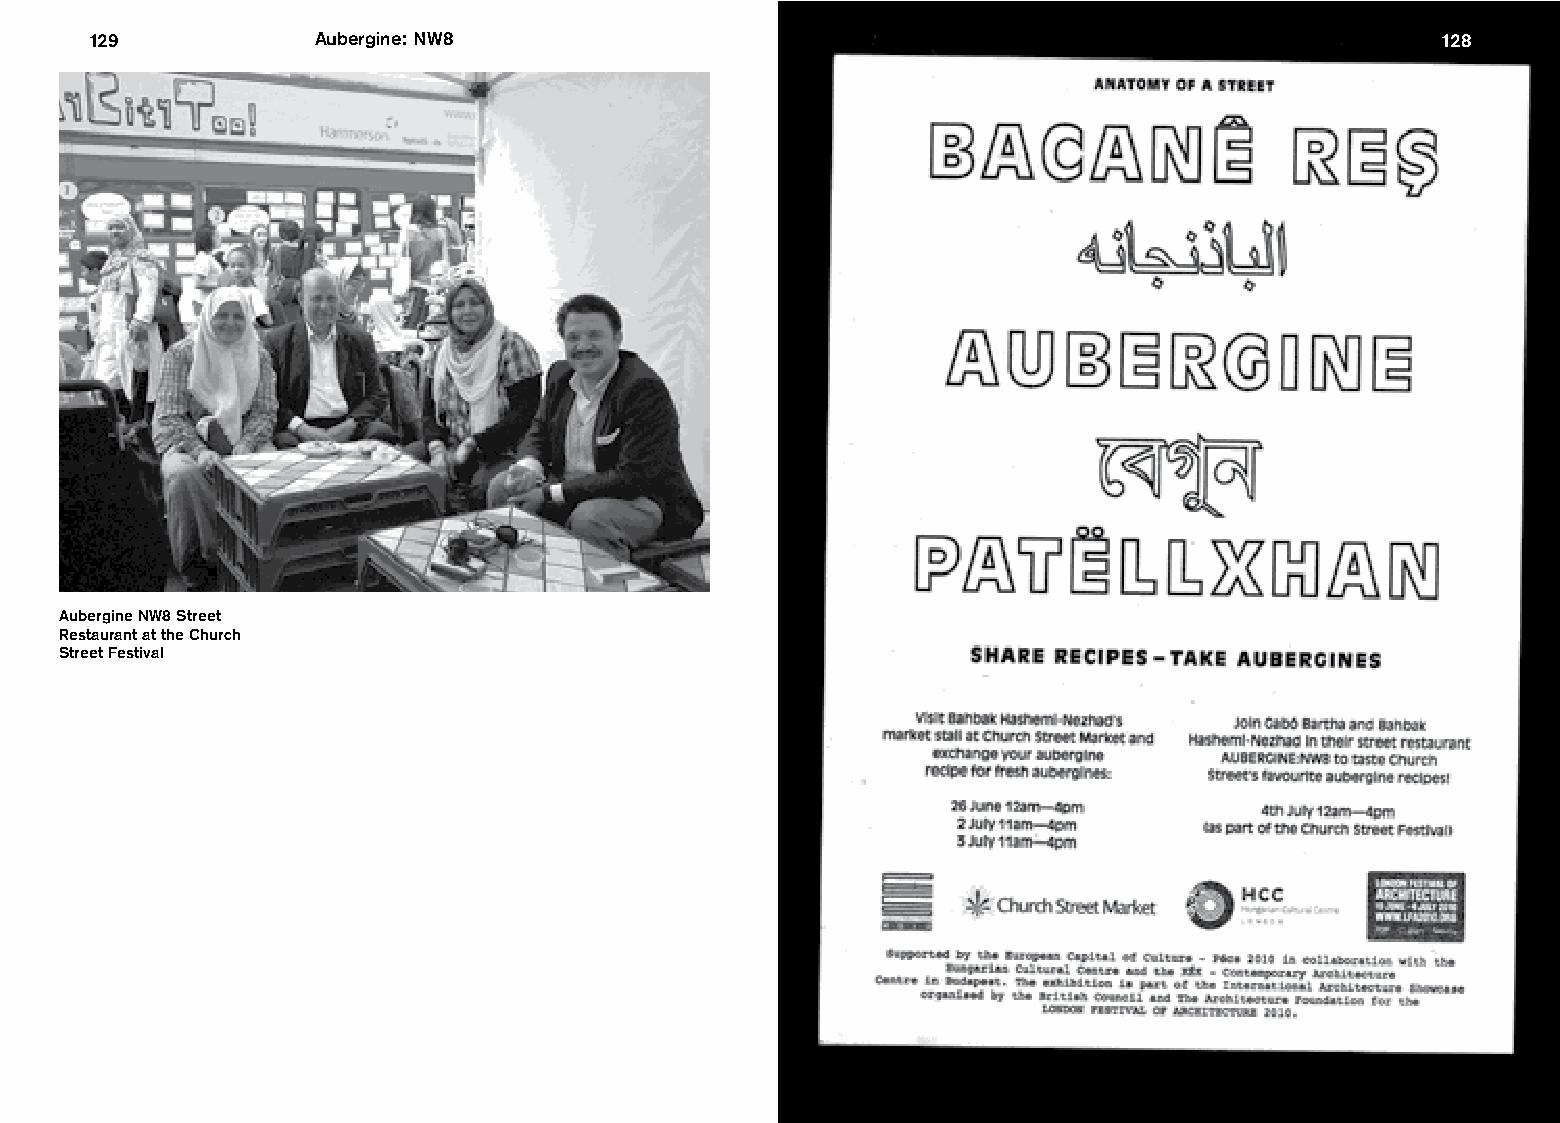
129            Aubergine: NW8                                                            128
 Aubergine NW8 Street
 Restaurant at the Church
 Street Festival